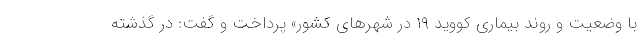
با وضعیت و روند بیماری کووید ۱۹ در شهرهای کشور» پرداخت و گفت: در گذشته